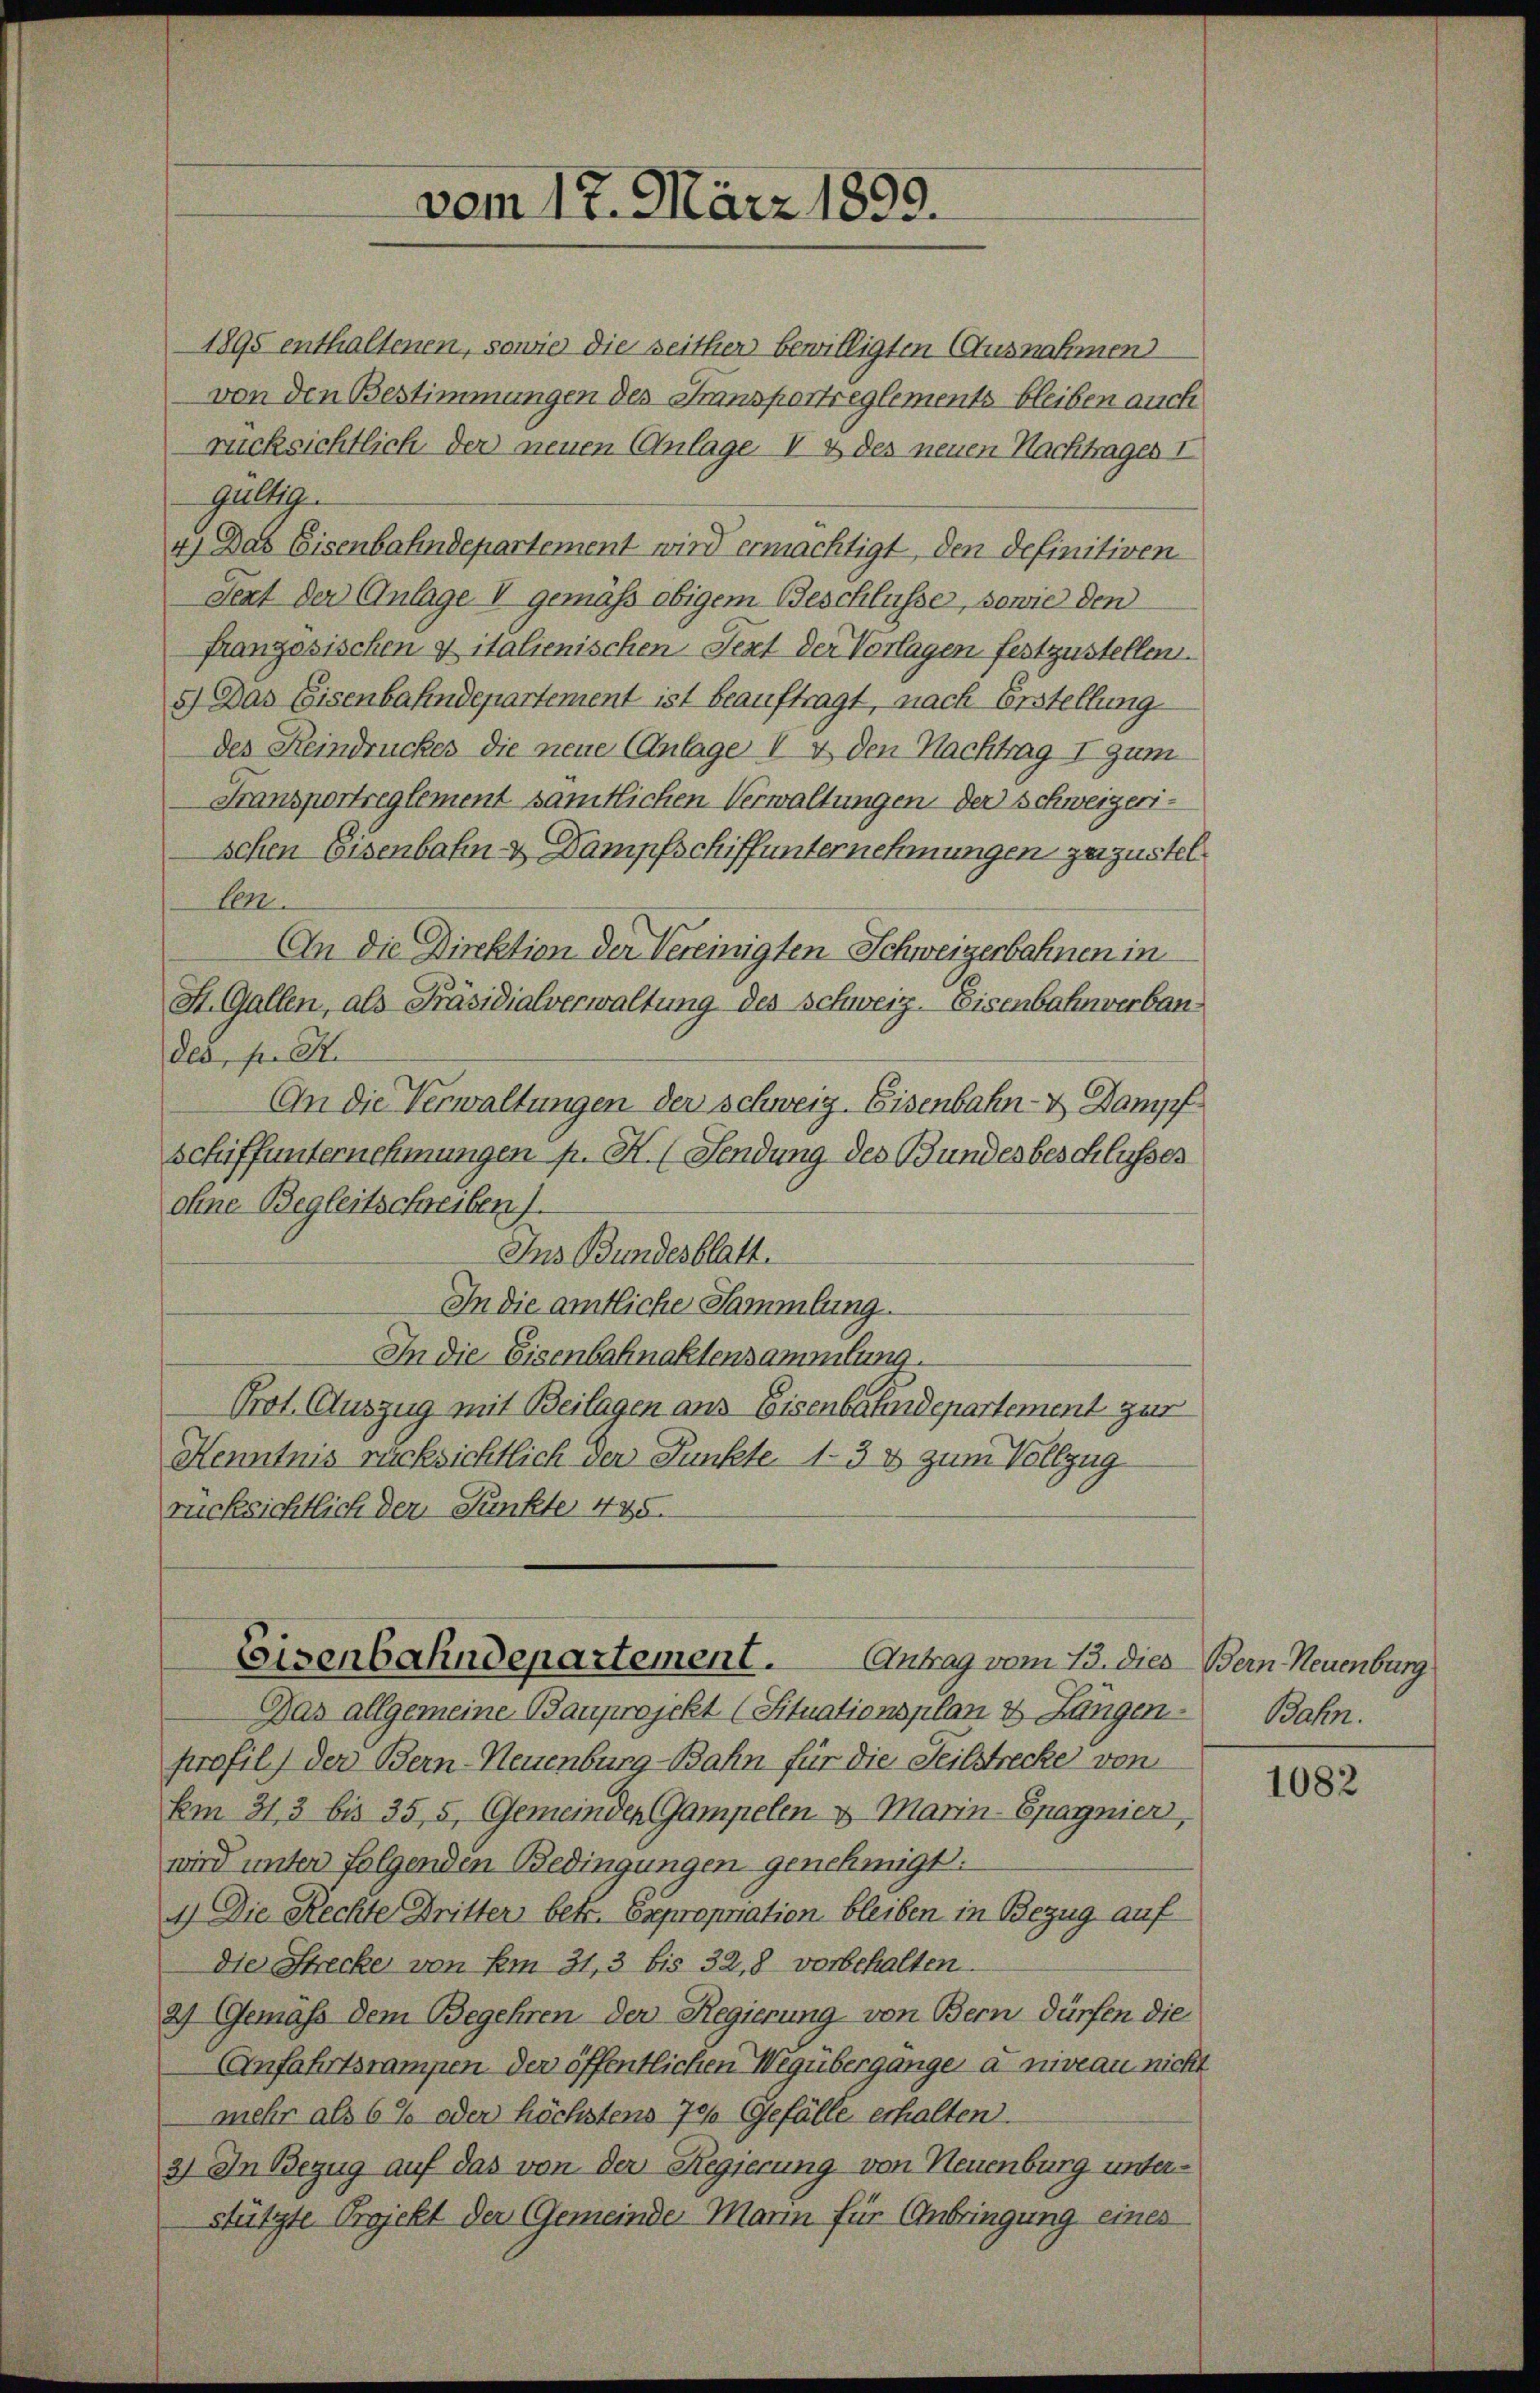
1895 enthaltenen, sowie die seither bewilligten Ausnahmen
von den Bestimmungen des Fransportreglements bleiben auch
rücksichtlich der neuen Anlage. V 1 des neuen Nachtrages I
Gültige
4) Das Eisenbahndepartement wird ermächtigt, den definitiven
Sert der Anlage V gemäß obigem Beschlüsse, sowie den
französischen & italienischen Text der Vorlagen festzustellen.
5.) Das Eisenbahndepartement ist beauftragt, nach Erstellung
des Reindruckes die neue (Anlage I 4 den Nachtrag I zum
Fransportreglement samtlichen Verwaltungen der Schweizerischen Eisenbahn & Dampfschiffunternehmungen zuzustelben.
An die Direktion der Vereinigten Schweizerbahnen in
St. Gallen, als Präsidialverwaltung des Schweiz. Eisenbahnverbandes, s. S.
An die Verwaltungen der Schweiz. Eisenbahn- & Dampf
schiffunternehmungen p. M. (Sendung des Bundesbeschlusses
ohne Begleitschreiben.
Ins Bundesblatt.
In die amtliche Sammlung.
In die Eisenbahnaktensammlung.
Prot. Auszug mit Beilagen aus Eisenbahndepartement zur
Henntnis rücksichtlich der Punkte 13 & zum Vollzug
rücksichtlich der Funkte 435.

vom 17. März 1859.

Das allgemeine Bauprojekt (Situationsplan & Längen
profil) der Bern-Neuenburg-Bahn für die Teilstrecke von
Em 313 bis 35, 5, Gemeinden Gampelen & Marin-Epagnier,
wird unter folgenden Bedingungen genehmigt.
1.) Die Rechte Dritter betr. Expropriation bleiben in Bezug auf
die Strecke von Am 31,3 bis 32,8 vorbehalten.
2) Gemäss dem Begehren der Regierung von Bern dürfen die
Anfahrtsrampen der öffentlichen Wegübergange a niveau nicht
mehr als 6% oder höchstens 70% Gefälle erhalten.
3) In Bezug auf das von der Regierung von Neuenburg unterstützte Projekt der Gemeinde Mann für Anbringung eines

Eisenbahndepartement. Antrag vom 13. dies - Bern Neuenburg

Bahn.

1082